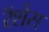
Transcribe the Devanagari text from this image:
रॅशेस